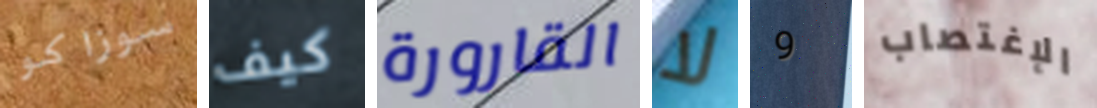
سوزاكو كيف القارورة لا 9 الإغتصاب